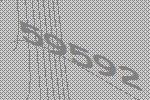
59592